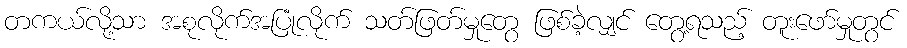
တကယ်လို့သာ အစုလိုက်အပြုံလိုက် သတ်ဖြတ်မှုတွေ ဖြစ်ခဲ့လျှင် တွေ့ရသည့် တူးဖော်မှုတွင်